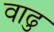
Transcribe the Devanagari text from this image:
वाढु